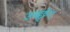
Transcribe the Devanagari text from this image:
उच्छृंग